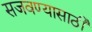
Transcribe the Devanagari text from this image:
सजवण्यासाठी